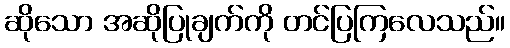
ဆိုသော အဆိုပြုချက်ကို တင်ပြကြလေသည်။